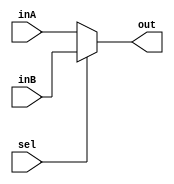
`timescale 1ns / 1ps
//////////////////////////////////////////////////////////////////////////////////
// Company: 
// Engineer: 
// 
// Design Name: 
// Module Name:    Mux5Bit2To1B 
// Project Name: 
// Target Devices: 
// Tool versions: 
// Description: 
//
// Dependencies: 
//
// Revision: 
// Revision 0.01 - File Created
// Additional Comments: 
//
//////////////////////////////////////////////////////////////////////////////////
module Mux5Bit2To1B(out, inA, inB, sel);

    output reg [4:0] out;
    
    input [4:0] inA;
    input [4:0] inB;
    input sel;
	 
always @(sel, inA, inB) begin
		
		if(sel == 1)begin
		out <= inB;
		end

		else begin
		out <= inA;
		end


	end

endmodule